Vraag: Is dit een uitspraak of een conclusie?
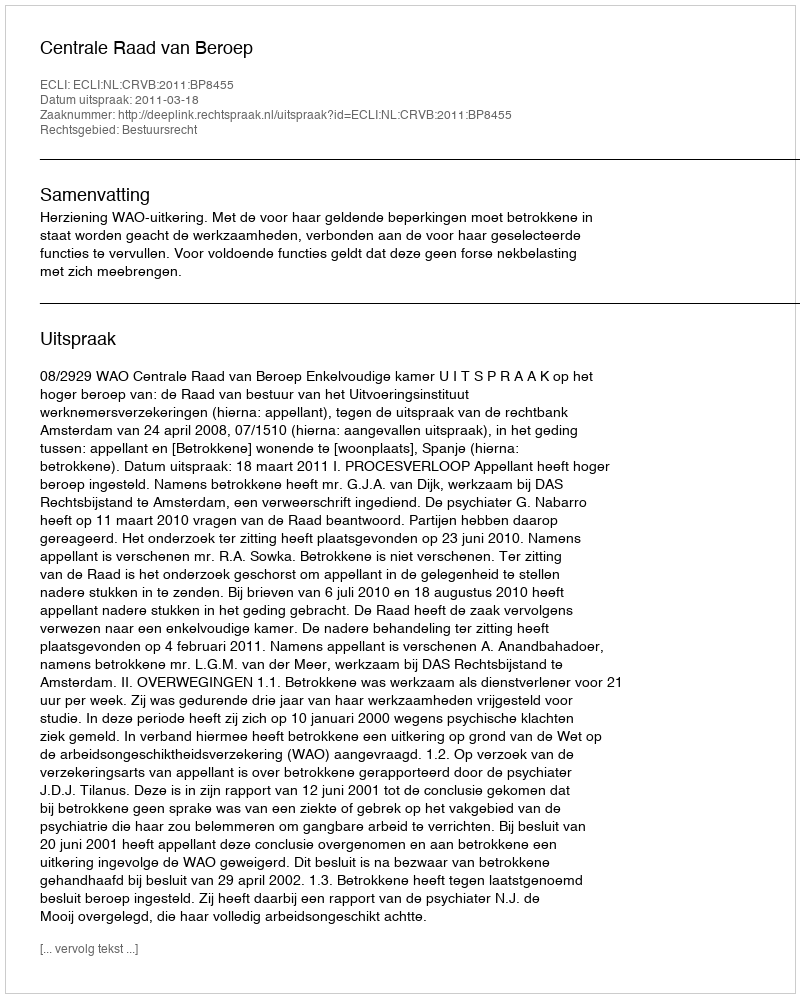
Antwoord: Uitspraak